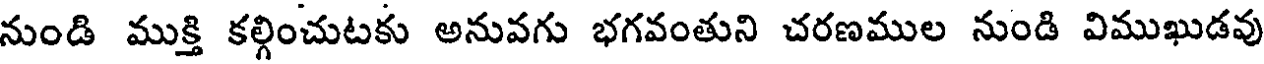
నుండి ముక్తి కల్గించుటకు అనువగు భగవంతుని చరణముల నుండి విముఖుడవు